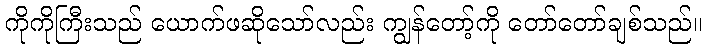
ကိုကိုကြီးသည် ယောက်ဖဆိုသော်လည်း ကျွန်တော့်ကို တော်တော်ချစ်သည်။